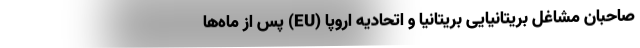
صاحبان مشاغل بریتانیایی بریتانیا و اتحادیه اروپا (EU) پس از ماه‌ها